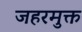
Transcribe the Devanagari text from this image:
जहरमुक्त